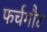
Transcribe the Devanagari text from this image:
फर्चगौट